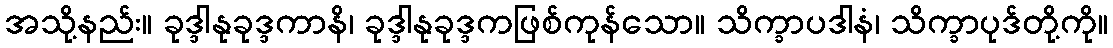
အသို့နည်း။ ခုဒ္ဒါနုခုဒ္ဒကာနိ၊ ခုဒ္ဒါနုခုဒ္ဒကဖြစ်ကုန်သော။ သိက္ခာပဒါနံ၊ သိက္ခာပုဒ်တို့ကို။